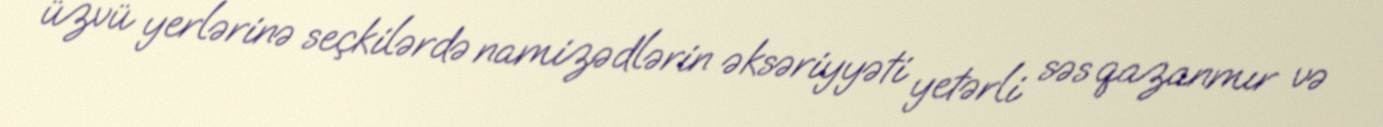
üzvü yerlərinə seçkilərdə namizədlərin əksəriyyəti yetərli səs qazanmır və